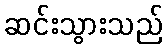
ဆင်းသွားသည်